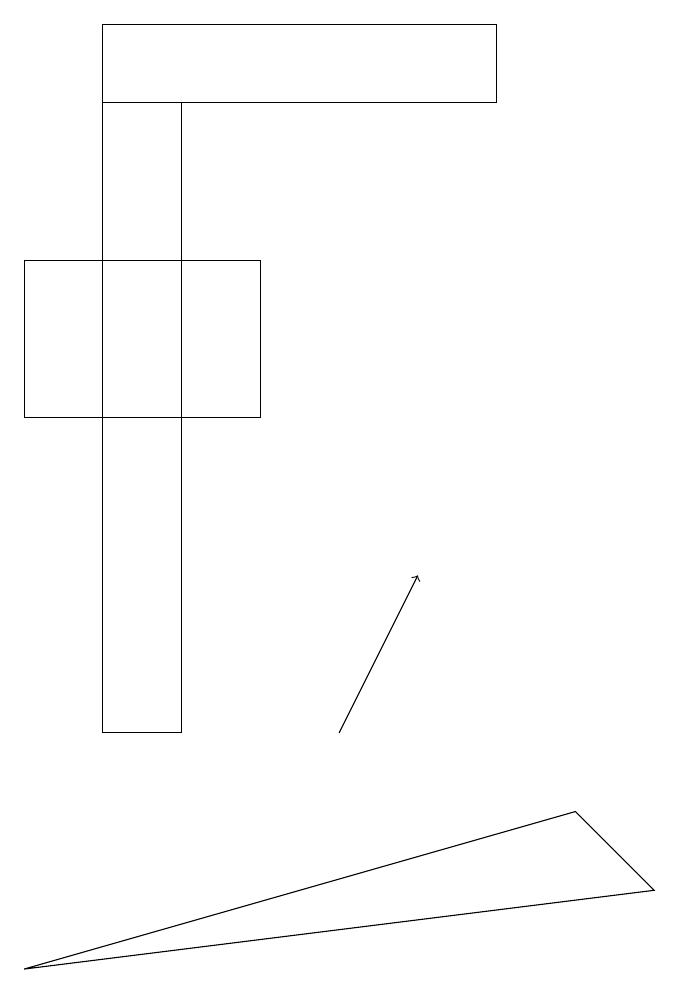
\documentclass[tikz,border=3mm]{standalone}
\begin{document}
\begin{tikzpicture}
\draw (2,10) rectangle (3,18);
\draw[->] (5,10) -- (6,12);
\draw (4,14) rectangle (1,16);
\draw (2,18) rectangle (7,19);
\draw (1,7) -- (9,8) -- (8,9) -- cycle;
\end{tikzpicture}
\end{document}